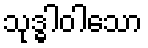
သုဒ္ဓါဝါသော